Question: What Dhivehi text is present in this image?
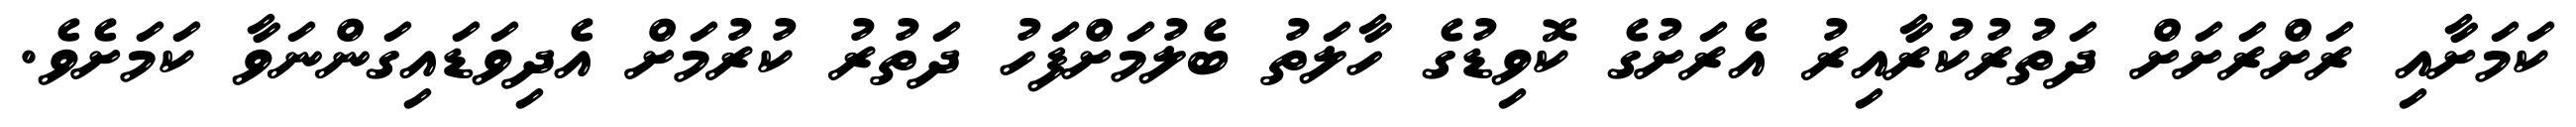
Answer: ކަމަށާއި ރަށްރަށަށް ދަތުރުކުރާއިރު އެރަށުގެ ކޮވިޑުގެ ހާލަތު ބެލުމަށްފަހު ދަތުރު ކުރުމަށް އެދިވަޑައިގަންނަވާ ކަމަށެވެ.